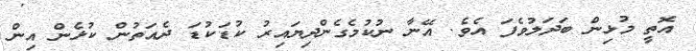
އޮތީ މުޅިން ބަދަލުވެފަ އެވެ. އޭނާ ނުކުމެގެންދިޔައިރު ކުޑަކުޑަ ދެއަތުން ކުޅެން އިން